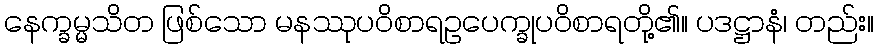
နေက္ခမ္မသိတ ဖြစ်သော မနဿုပဝိစာရဥပေက္ခုပဝိစာရတို့၏။ ပဒဋ္ဌာနံ၊ တည်း။